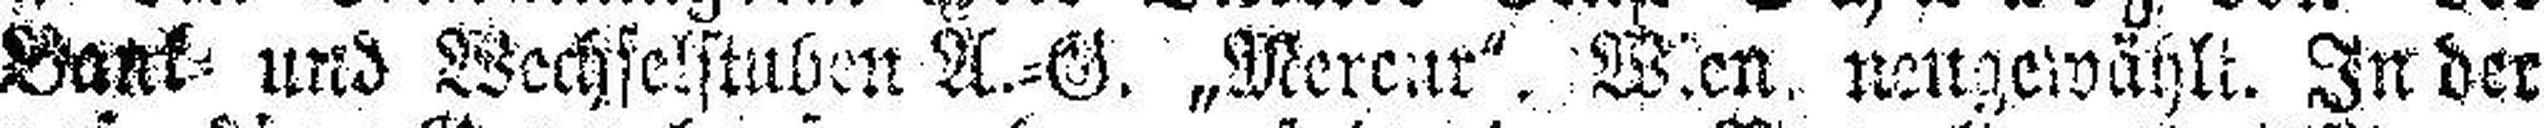
Bank= und Wechselstuben A.=G. „Mercur". Wien neugewählt. In der